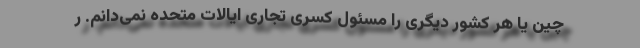
چین یا هر کشور دیگری را مسئول کسری تجاری ایالات متحده نمی‌دانم. ر